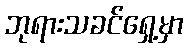
ဘုရားသခင်ရှေ့မှာ